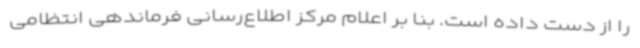
را از دست داده است. بنا بر اعلام مرکز اطلاع‌رسانی فرماندهی انتظامی